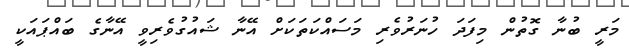
މަރީ ބުނާ ގޮތުން މިފަދަ ހުނަރުވެރި މަސައްކަތަކަށް އޭނާ ޝައުގުވެރިވީ އޭނާގެ ބައްޕައަކީ